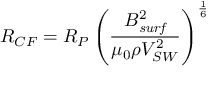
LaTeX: R _ { C F } = R _ { P } \left( { \frac { B _ { \it { s u r f } } ^ { 2 } } { \mu _ { 0 } \rho V _ { S W } ^ { 2 } } } \right) ^ { \frac { 1 } { 6 } }